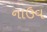
નાઉવ